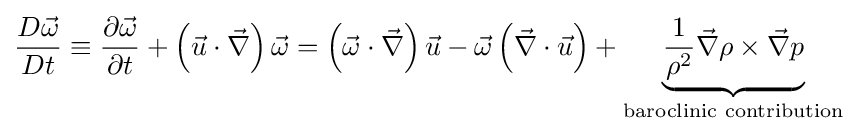
{\frac {D{\vec {\omega }}}{Dt}}\equiv {\frac {\partial {\vec {\omega }}}{\partial t}}+\left({\vec {u}}\cdot {\vec {\nabla }}\right){\vec {\omega }}=\left({\vec {\omega }}\cdot {\vec {\nabla }}\right){\vec {u}}-{\vec {\omega }}\left({\vec {\nabla }}\cdot {\vec {u}}\right)+\underbrace {{\frac {1}{\rho ^{2}}}{\vec {\nabla }}\rho \times {\vec {\nabla }}p} _{\text{baroclinic contribution}}